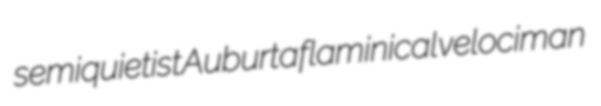
semiquietist Auburta flaminical velociman